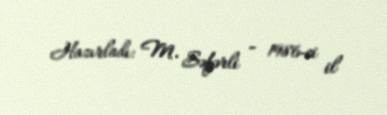
Hazırladı: M. Səfərli - 1986-ci il